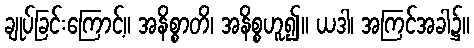
ချုပ်ခြင်းကြောင့်။ အနိစ္စာတိ၊ အနိစ္စဟူ၍။ ယဒါ၊ အကြင်အခါ၌။